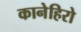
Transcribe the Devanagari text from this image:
कानेहिरो